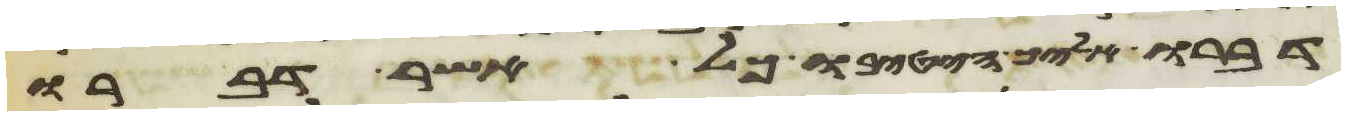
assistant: דברו אליך הטיבו כל אשר דברו